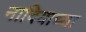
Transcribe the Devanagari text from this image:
नादियाच्या